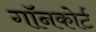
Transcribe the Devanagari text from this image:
गॉनकोर्ट